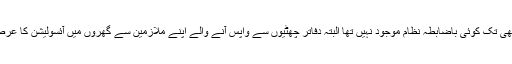
قرنطینہ کا عام مسافروں کے لیے ابھی تک کوئی باضابطہ نظام موجود نہیں تھا البتہ دفاتر چھٹیوں سے واپس آنے والے اپنے ملازمین سے گھروں میں آئسولیشن کا عرصہ گزارنے پر زور دے رہے تھے۔